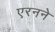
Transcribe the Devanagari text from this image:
एरनने